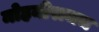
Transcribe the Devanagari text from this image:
मोहनीराजच